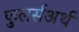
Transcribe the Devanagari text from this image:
फुलर्सअर्थ